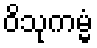
ဝိသုကမ္မံ